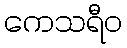
ကေသရီဝ